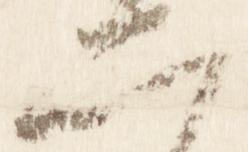
二